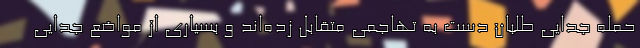
حمله جدایی طلبان دست به تهاجمی متقابل زده‌اند و بسیاری از مواضع جدایی